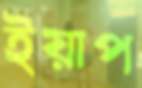
ইয়াপ